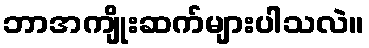
ဘာအကျိုးဆက်များပါသလဲ။